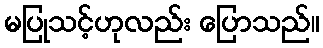
မပြုသင့်ဟုလည်း ပြောသည်။